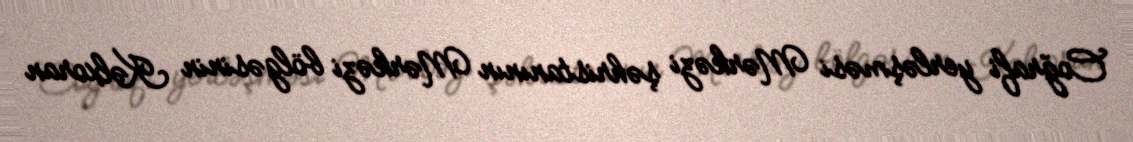
Coğrafi yerləşməsi Mərkəzi şəhristanının Mərkəzi bölgəsinin Kəlxoran